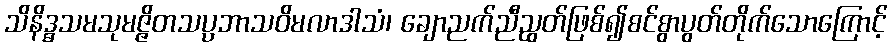
သိနိဒ္ဓသမသုမဇ္ဇိတသပ္ပဘာသဝိမလာဒါသံ၊ ချောညက်ညီညွတ်ဖြစ်၍စင်စွာပွတ်တိုက်သောကြောင့်